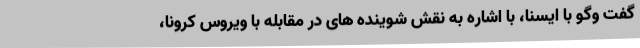
گفت وگو با ایسنا، با اشاره به نقش شوینده های در مقابله با ویروس کرونا،